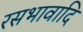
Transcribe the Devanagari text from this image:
रसभावादि